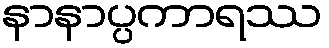
နာနာပ္ပကာရဿ